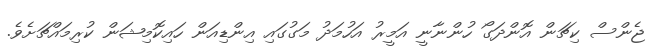
ޖެންސް ކިޗަން އޮންދަގޯ ހުންނާނީ އަމީރު އަހުމަދު މަގުގައި އިންޑިއަން ހައިކޮމިޝަން ކުރިމައްޗަށެވެ.